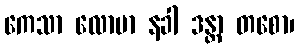
ကေသာ လောမာ နခါ ဒန္တာ တစော၊